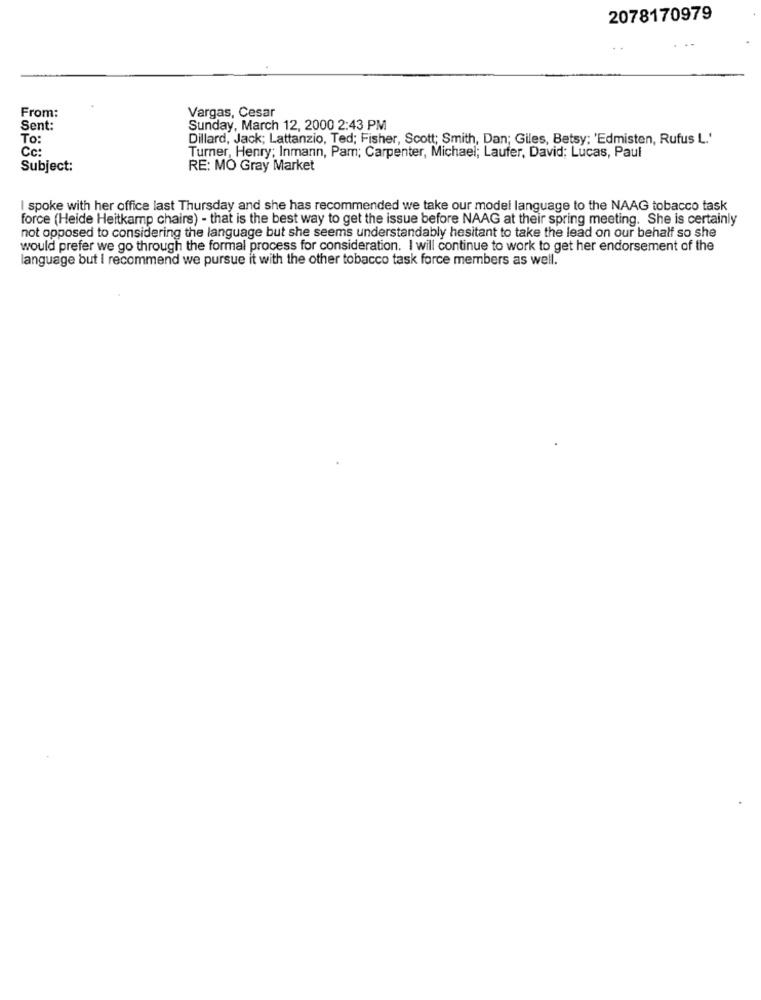
2078170979
From:
Vargas, Cesar
Sent:
Sunday, March 12, 2000 2:43 PM
To:
Dillard, Jack; Lattanzio, Ted; Fisher, Scott; Smith, Dan; Giles, Betsy; 'Edmisten, Rufus L.'
Cc:
Turner, Henry; Inmann, Pam; Carpenter, Michael; Laufer, David; Lucas, Paul
Subject:
RE: MO Gray Market
I spoke with her office last Thursday and she has recommended we take our model language to the NAAG tobacco task
force (Heide Heitkamp chairs) - that is the best way to get the issue before NAAG at their spring meeting. She is certainly
not opposed to considering the language but she seems understandably hesitant to take the lead on our behalf so she
would prefer we go through the formal process for consideration. I will continue to work to get her endorsement of the
language but I recommend we pursue it with the other tobacco task force members as well.